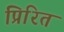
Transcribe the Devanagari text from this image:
प्रिरित